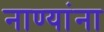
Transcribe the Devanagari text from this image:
नाण्यांना